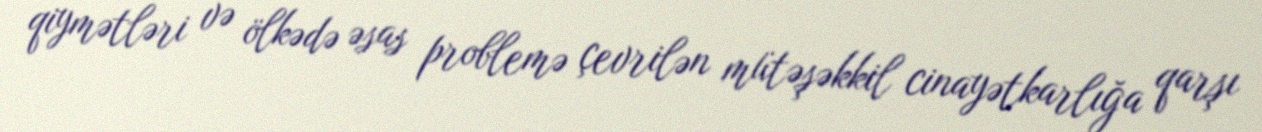
qiymətləri və ölkədə əsas problemə çevrilən mütəşəkkil cinayətkarlığa qarşı